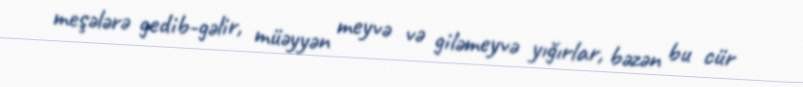
meşələrə gedib-gəlir, müəyyən meyvə və giləmeyvə yığırlar, bəzən bu cür